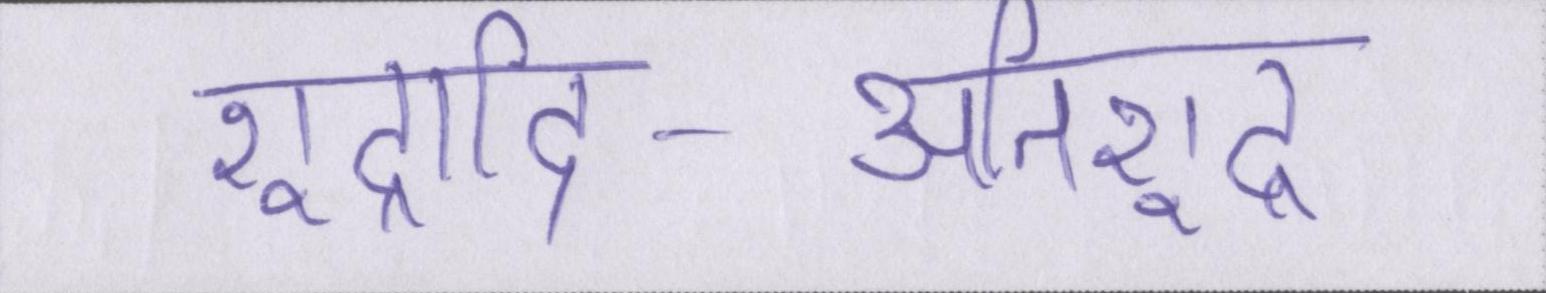
शूद्रादि-अतिशूद्र